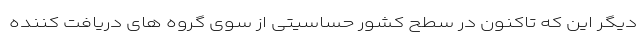
دیگر این که تاکنون در سطح کشور حساسیتی از سوی گروه های دریافت کننده